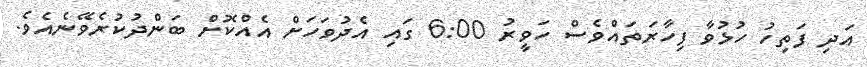
އަދި ފަތިހު ހުޅުވާ ފިހާރަތައްވެސް ހަވީރު 6:00 ގައި އެދުވަހަށް އެއްކޮށް ބަންދުކުރެވޭނެއެވެ.